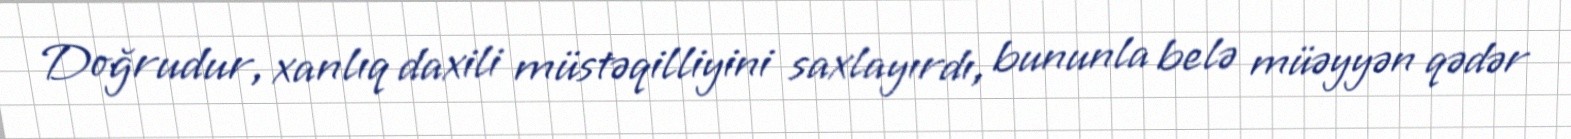
Doğrudur, xanlıq daxili müstəqilliyini saxlayırdı, bununla belə müəyyən qədər